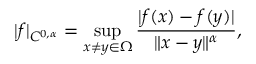
| f | _ { C ^ { 0 , \alpha } } = \operatorname* { s u p } _ { x \neq y \in \Omega } { \frac { | f ( x ) - f ( y ) | } { \| x - y \| ^ { \alpha } } } ,